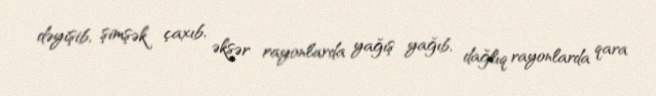
dəyişib, şimşək çaxıb, əksər rayonlarda yağış yağıb, dağlıq rayonlarda qara